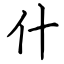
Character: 什